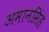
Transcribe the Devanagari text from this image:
अमानसिंह